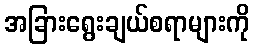
အခြားရွေးချယ်စရာများကို